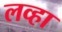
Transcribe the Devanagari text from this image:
लव्हा